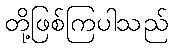
တို့ဖြစ်ကြပါသည်